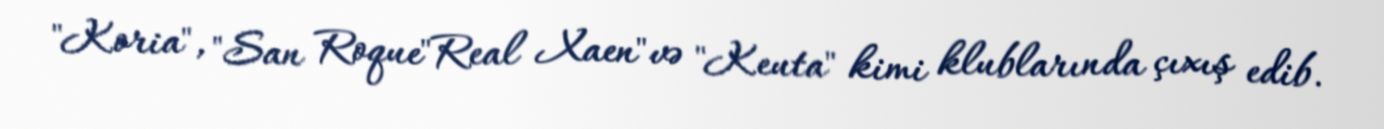
"Koria", "San Roque"Real Xaen"və "Keuta" kimi klublarında çıxış edib.